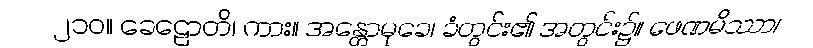
၂၁၀။ ခေဠောတိ၊ ကား။ အန္တောမုခေ၊ ခံတွင်း၏ အတွင်း၌။ ဖေဏမိဿာ၊